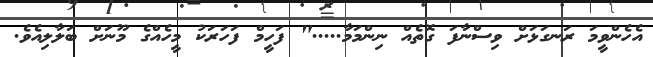
އެހެންވީމަ ރަނގަޅަށް ވިސްނާފަ ގޮތެއް ނިންމަމާ....." ފަހީމް ފަހަރަކު މީހެއްގެ މޫނަށް ބަލާލިއެވެ.